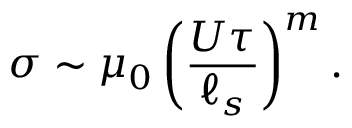
\sigma \sim \mu _ { 0 } \left( \frac { U \tau } { \ell _ { s } } \right) ^ { m } .